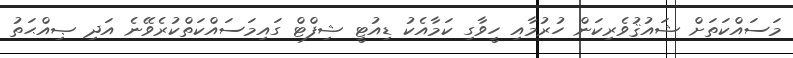
މަސައްކަތަށް ޝައުޤުވެރިކަން ހުރުމާއި ހީވާގި ކަމާއެކު ޑިއުޓީ ޝިފްޓް ގައިމަސައްކަތްކުރެވޭނެ އަދި ޞިއްޙަތު